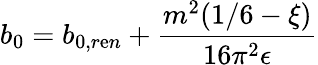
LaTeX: b_{0}=b_{0,r\mathrm{e}n}+{\frac{{m^{2}(1/6-\xi)}}{{16\pi^{2}\epsilon}}}